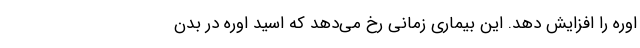
اوره را افزایش دهد. این بیماری زمانی رخ می‌دهد که اسید اوره در بدن